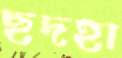
ছদহা